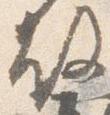
故